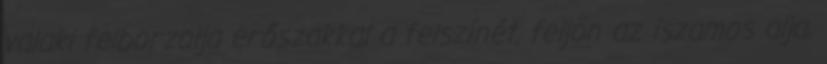
valaki felborzolja erőszakkal a felszínét, feljön az iszamos alja,